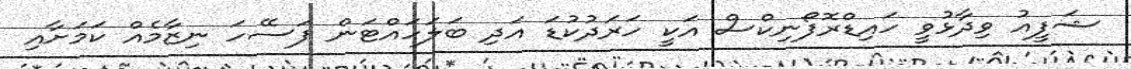
ޝަފީއު ވިދާޅުވީ ހައިޑްރޮފޯނިކްސް އަކީ ހަރަދުކުޑަ އަދި ބަލަހައްޓަން ފަސޭހަ ނިޒާމެއް ކަމަށާއި